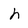
Character: h